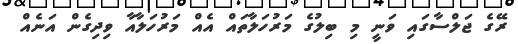
ރޭގެ ޖަލްސާގައި ވަނީ މި ބިލުގެ މަރުހަލާތައް އެއް މަރުހަލާއާ ވިދިގެން އަނެއް